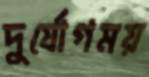
দুর্যোগময়